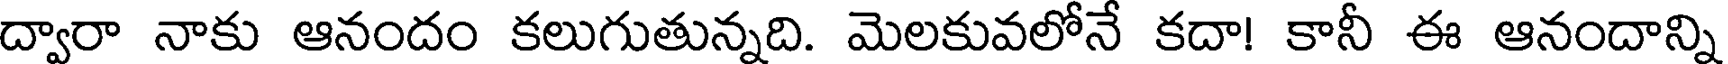
ద్వారా నాకు ఆనందం కలుగుతున్నది. మెలకువలోనే కదా! కానీ ఈ ఆనందాన్ని